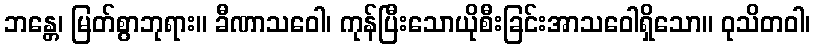
ဘန္တေ၊ မြတ်စွာဘုရား။ ခီဏာသဝေါ၊ ကုန်ပြီးသောယိုစီးခြင်းအာသဝေါရှိသော။ ဝုသိတဝါ၊